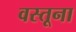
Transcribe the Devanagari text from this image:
वस्तूना